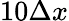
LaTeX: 10\Delta x